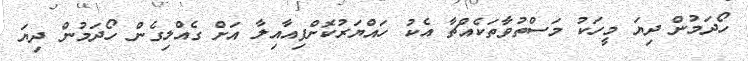
ހޯދަމުން ދިޔަ މީހަކު މަސްތުވާތަކެއްޗާ އެކު ހައްޔަރުކޮށްފިއާއިލާ އަށް ގެއްލިގެން ހޯދަމުން ދިޔަ